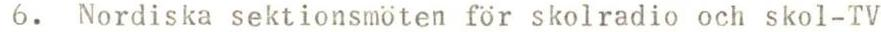
6. Nordiska sektionsmöten för skolradio och skol-TV